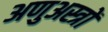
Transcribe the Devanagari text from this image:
अणुअस्त्रों